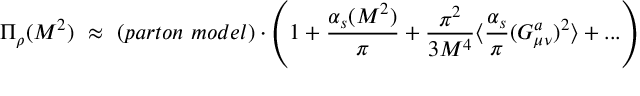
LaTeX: \Pi _ { \rho } ( M ^ { 2 } ) ~ \approx ~ ( p a r t o n ~ m o d e l ) \cdot \left( 1 + { \frac { \alpha _ { s } ( M ^ { 2 } ) } { \pi } } + { \frac { \pi ^ { 2 } } { 3 M ^ { 4 } } } \langle { \frac { \alpha _ { s } } { \pi } } ( G _ { \mu \nu } ^ { a } ) ^ { 2 } \rangle + . . . \right)